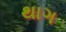
થાગ